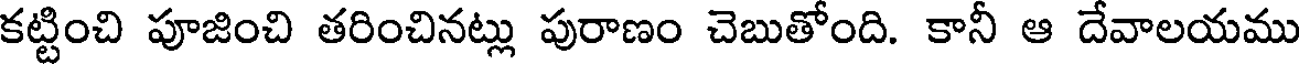
కట్టించి పూజించి తరించినట్లు పురాణం చెబుతోంది. కానీ ఆ దేవాలయము